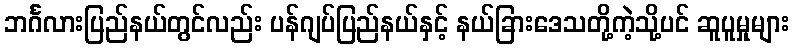
ဘင်္ဂလားပြည်နယ်တွင်လည်း ပန်ဂျပ်ပြည်နယ်နှင့် နယ်ခြားဒေသတို့ကဲ့သို့ပင် ဆူပူမှုများ